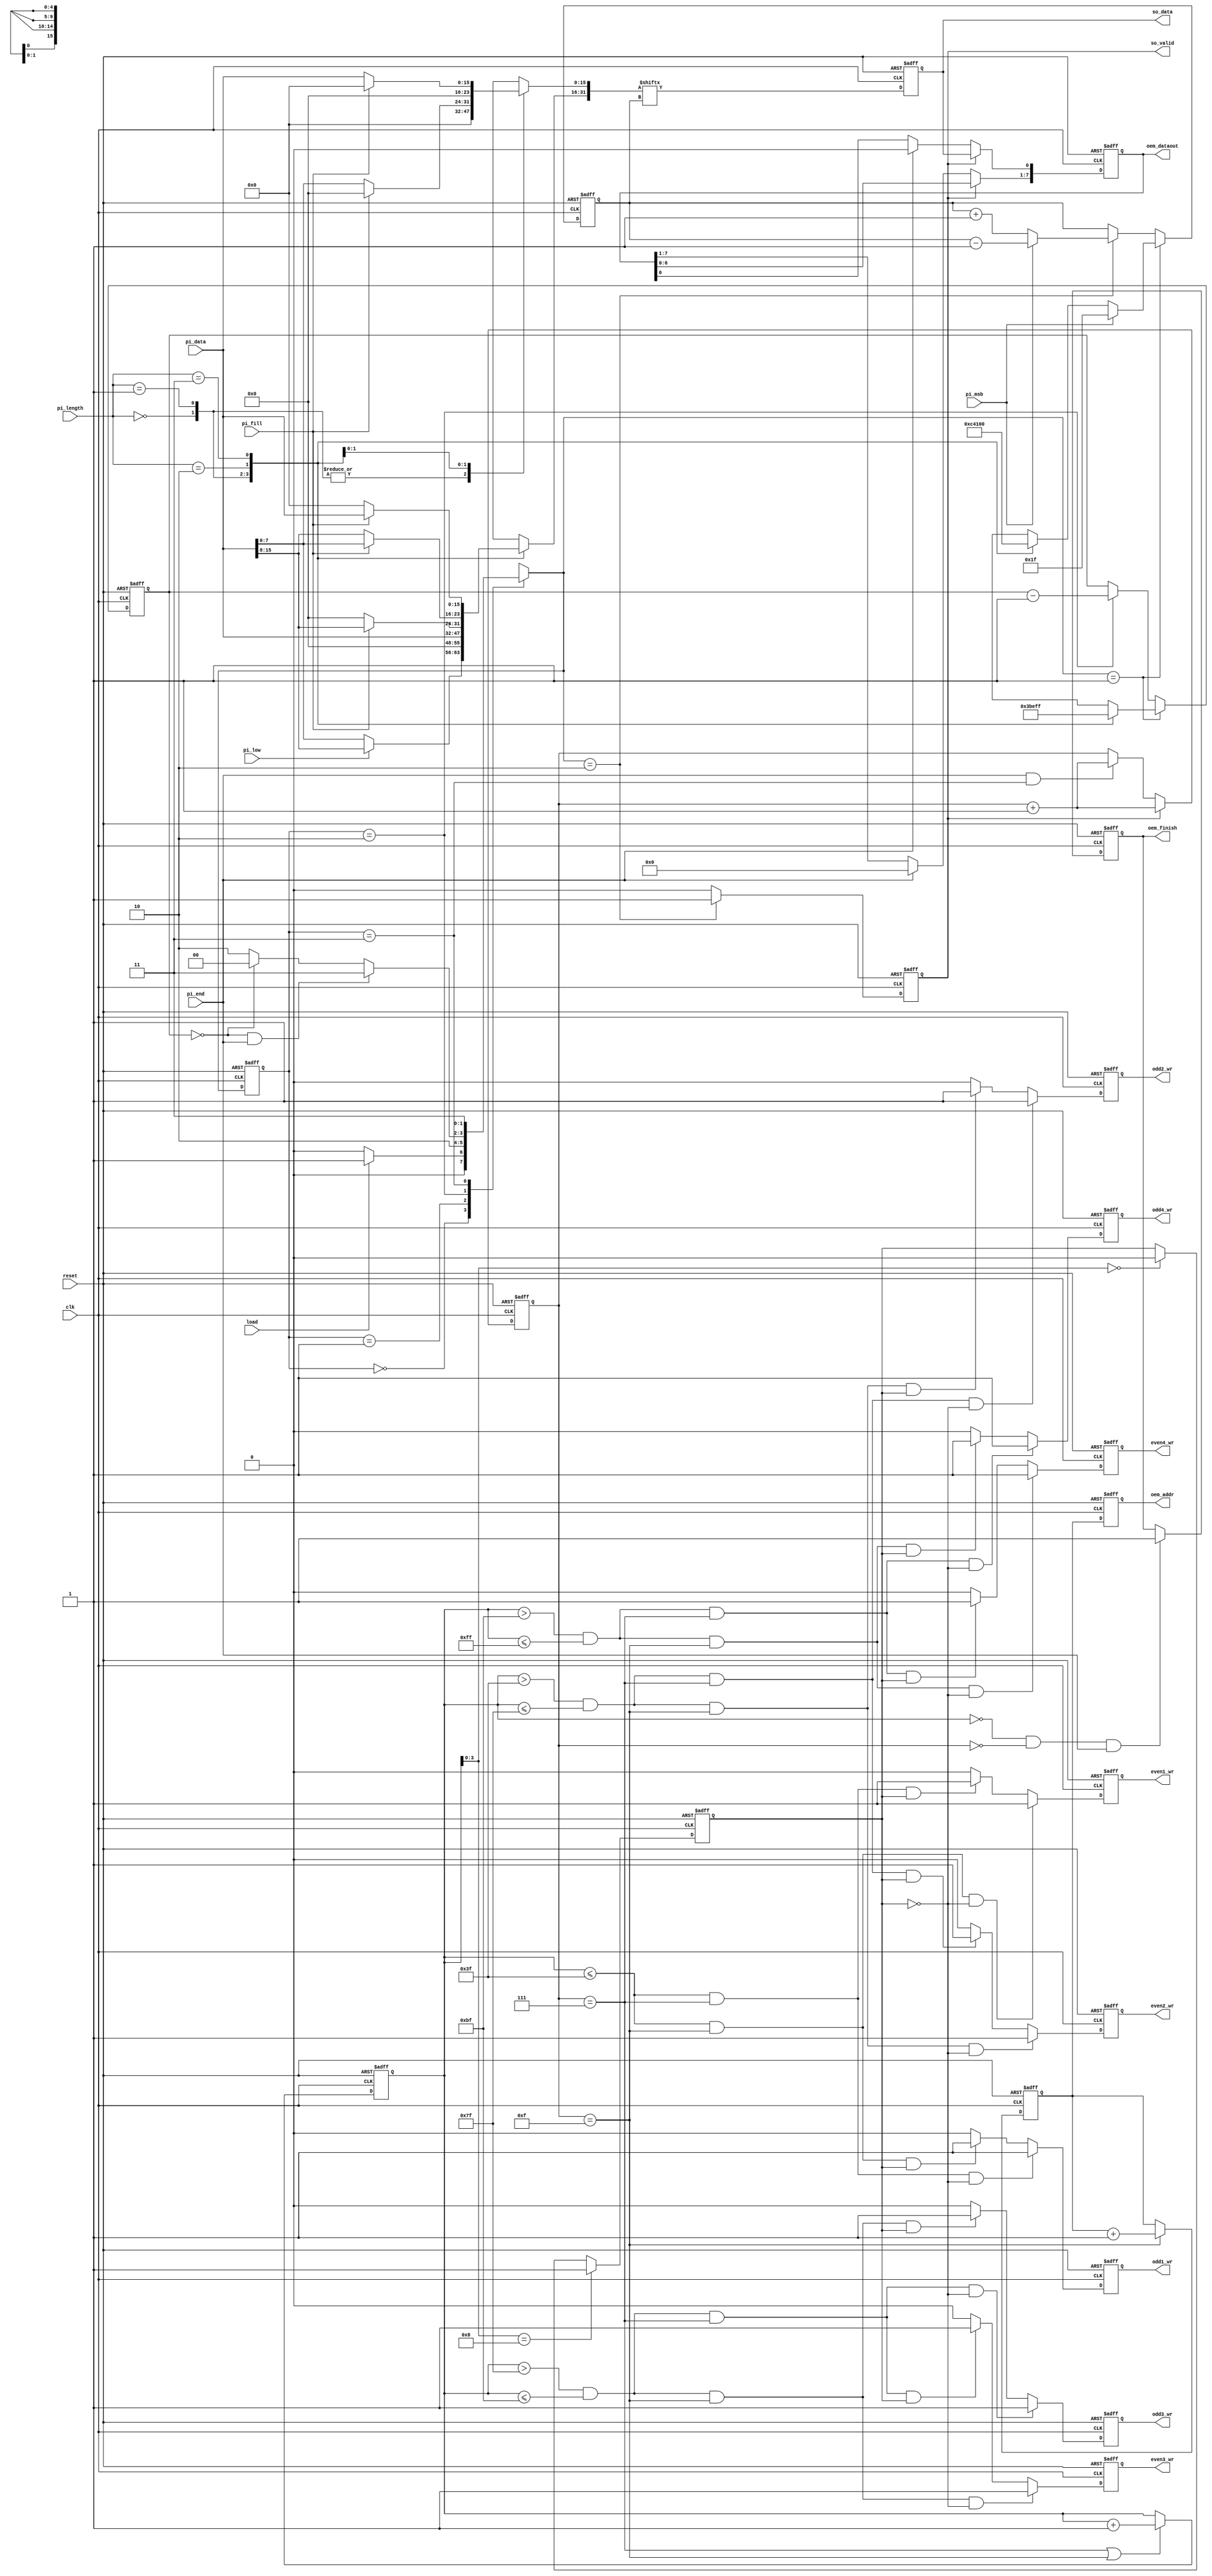
module STI_DAC(clk ,reset, load, pi_data, pi_length, pi_fill, pi_msb, pi_low, pi_end,
	             so_data, so_valid, 
	             oem_finish, oem_dataout, oem_addr,
	             odd1_wr, odd2_wr, odd3_wr, odd4_wr, even1_wr, even2_wr, even3_wr, even4_wr);

input		clk, reset;
input		load, pi_msb, pi_low, pi_end; 
input	[15:0]	pi_data;
input	[1:0]	pi_length;
input		pi_fill;
output reg	so_data, so_valid;

output reg oem_finish, odd1_wr, odd2_wr, odd3_wr, odd4_wr, even1_wr, even2_wr, even3_wr, even4_wr;
output reg [4:0] oem_addr;
output [7:0] oem_dataout;

/*==============================================================================

Zheng Xun,Yeh
Date : 2021/12/15

==============================================================================*/


reg [1:0] cs, ns;
parameter IDLE = 2'd0;
parameter LOAD = 2'd1;
parameter OUTPUT = 2'd2;
parameter DONE = 2'd3;

reg [31:0] data;


//==============================================================================
//FSM
always@(posedge clk or posedge reset)begin
    if(reset) cs <= IDLE;
    else cs <= ns;
end

always@(*)begin
    case(cs)
        IDLE:begin
            if(load) ns = LOAD;
	    	else ns = IDLE;
		end
		LOAD:begin
            ns = OUTPUT;
		end
		OUTPUT:begin
        	if(OUPUT_cnt == 4'd0 && pi_end == 1'd1) ns = DONE;
	    	else if(OUPUT_cnt == 4'd0) ns = IDLE;
	    	else ns = OUTPUT;
		end
		DONE:begin
            ns = DONE;
		end
		default: ns = IDLE;
    endcase
end
//==============================================================================
//OUTPUT state counter

reg [4:0]  OUPUT_cnt;

always@(posedge clk or posedge reset)
begin
	if(reset) OUPUT_cnt <= 5'd31;
	else if(ns == LOAD)
	begin
		case(pi_length)
		2'b00: OUPUT_cnt <= 5'd7;
		2'b01: OUPUT_cnt <= 5'd15; 
		2'b10: OUPUT_cnt <= 5'd23;
		2'b11: OUPUT_cnt <= 5'd31;
		endcase
	end
	else if(cs == OUTPUT) OUPUT_cnt <= OUPUT_cnt - 4'd1;
end
//==============================================================================
//Serial Transmitter Interface, STI

always@(*)begin
	case(pi_length)
	2'b00:begin //8bit
		if(pi_low)begin 
			data[31:24] = pi_data[15:8];
			data[23:0] = 24'd0; 
		end
		else begin
			data[31:24] = pi_data[7:0];
			data[23:0] = 24'd0; 
		end
	end
	2'b01:begin //16bit
		data[31:16] = pi_data[15:0];
		data[15:0] = 16'd0; 
	end
	2'b10:begin //24bit
		if(pi_fill)begin
			data[31:16] = pi_data[15:0];
			data[15:0] = 16'd0;
		end
		else begin
			data[31:24] = 8'd0;
			data[23:8] = pi_data[15:0];
			data[7:0] = 8'd0; 
		end
	end
	2'b11:begin //32bit
		if(pi_fill)begin
			data[31:16] = pi_data[15:0];
			data[15:0] = 16'd0;
		end
		else begin
			data[31:16] = 16'd0;
			data[15:0] = pi_data[15:0];
		end
	end
	default: data = 32'd0;
	endcase
end
//==============================================================================
//so_valid
always@(posedge clk or posedge reset)begin
	if(reset) so_valid <= 1'd0;
	else if(ns == OUTPUT) so_valid <= 1'd1;
	else so_valid <= 1'd0;
end
//==============================================================================
//data_index
reg [4:0] data_index;

always@(posedge clk or posedge reset)begin
	if(reset) data_index <= 5'd0;
	else if(ns == LOAD)
	begin
		if(pi_msb) data_index <= 5'd31;
		else
		begin
			case(pi_length)
			2'b00: data_index <= 5'd24;
			2'b01: data_index <= 5'd16; 
			2'b10: data_index <= 5'd8;
			2'b11: data_index <= 5'd0;
			endcase
		end
	end
	else if(ns == OUTPUT)begin
		if(pi_msb) data_index <= data_index - 5'd1;
		else data_index <= data_index + 5'd1;
	end
	
	
end
//==============================================================================
//so_data
always@(posedge clk or posedge reset)begin
	if(reset) so_data <= 1'd0;
	else so_data <= data[data_index];
end
//==============================================================================
//Data Arrange Controller, DAC
reg [7:0] DAC;  
reg [3:0] cnt;
reg [7:0] mem_cnt;
reg switch;

//==============================================================================
//memory switch row
always@(posedge clk or posedge reset)begin
	if(reset) switch <= 1'd0;
	else if(mem_cnt[3:0] == 4'd8) switch <= 1'd1;
	else if(mem_cnt[3:0] == 4'd0) switch <= 1'd0;
end

//==============================================================================
//oem_dataout


always@(posedge clk or posedge reset)begin
	if(reset) DAC <= 8'd0;
	else if(so_valid)begin
		DAC <= DAC << 8'd1;
		DAC[0] <= so_data; 
	end
	else if(pi_end)begin
		DAC <= 8'd0;
	end
end

assign oem_dataout = DAC;
//==============================================================================
//cnt
always@(posedge clk or posedge reset)begin
	if(reset) cnt <= 4'd0;
	else if(so_valid) cnt <= cnt + 4'd1;
	else if(pi_end && cs == DONE) cnt <= cnt + 4'd1;
end

//mem_cnt
always@(posedge clk or posedge reset)begin
	if(reset) mem_cnt <= 8'd0;
	else if(cnt == 4'd7 || cnt == 4'd15) mem_cnt <= mem_cnt + 8'd1;
end

//==============================================================================
//address
reg [4:0] buffer;

always@(posedge clk or posedge reset)begin
	if(reset) buffer <= 5'd0;
	else if(cnt == 4'd15) buffer <= buffer + 5'd1;
end

always@(posedge clk or posedge reset)begin
	if(reset) oem_addr <= 5'd0;
	else oem_addr <= buffer;
end

//finish
always@(posedge clk or posedge reset)begin
	if(reset) oem_finish <= 1'd0;
	else if(mem_cnt == 8'd0 && cnt == 4'd0 && pi_end == 1'd1) oem_finish <= 1'd1;
end

//memory write
always@(posedge clk or posedge reset)begin
	if(reset) odd1_wr <= 1'd0;
	else if(mem_cnt <= 8'd63 && cnt == 4'd7 && switch == 1'd0) odd1_wr <= 1'd1;
	else if(mem_cnt <= 8'd63 && cnt == 4'd15 && switch == 1'd1) odd1_wr <= 1'd1;
	else odd1_wr <= 1'd0;
end

always@(posedge clk or posedge reset)begin
	if(reset) even1_wr <= 1'd0;
	else if(mem_cnt <= 8'd63 && cnt == 4'd15 && switch == 1'd0) even1_wr <= 1'd1;
	else if(mem_cnt <= 8'd63 && cnt == 4'd7 && switch == 1'd1) even1_wr <= 1'd1;
	else even1_wr <= 1'd0;
end

always@(posedge clk or posedge reset)begin
	if(reset) odd2_wr <= 1'd0;
	else if(mem_cnt > 8'd63 && mem_cnt<=8'd127 && cnt == 4'd7 && switch == 1'd0) odd2_wr <= 1'd1;
	else if(mem_cnt > 8'd63 && mem_cnt<=8'd127 && cnt == 4'd15 && switch == 1'd1) odd2_wr <= 1'd1;
	else odd2_wr <= 1'd0;
end

always@(posedge clk or posedge reset)begin
	if(reset) even2_wr <= 1'd0;
	else if(mem_cnt > 8'd63 && mem_cnt<=8'd127 && cnt == 4'd15 && switch == 1'd0) even2_wr <= 1'd1;
	else if(mem_cnt > 8'd63 && mem_cnt<=8'd127 && cnt == 4'd7 && switch == 1'd1) even2_wr <= 1'd1;
	else even2_wr <= 1'd0;
end

always@(posedge clk or posedge reset)begin
	if(reset) odd3_wr <= 1'd0;
	else if(mem_cnt > 8'd127 && mem_cnt<=8'd191 && cnt == 4'd7 && switch == 1'd0) odd3_wr <= 1'd1;
	else if(mem_cnt > 8'd127 && mem_cnt<=8'd191 && cnt == 4'd15 && switch == 1'd1) odd3_wr <= 1'd1;
	else odd3_wr <= 1'd0;
end

always@(posedge clk or posedge reset)begin
	if(reset) even3_wr <= 1'd0;
	else if(mem_cnt > 8'd127 && mem_cnt<=8'd191 && cnt == 4'd15 && switch == 1'd0) even3_wr <= 1'd1;
	else if(mem_cnt > 8'd127 && mem_cnt<=8'd191 && cnt == 4'd7 && switch == 1'd1) even3_wr <= 1'd1;
	else even3_wr <= 1'd0;
end

always@(posedge clk or posedge reset)begin
	if(reset) odd4_wr <= 1'd0;
	else if(mem_cnt > 8'd191 && mem_cnt<=8'd255 && cnt == 4'd7 && switch == 1'd0) odd4_wr <= 1'd1;
	else if(mem_cnt > 8'd191 && mem_cnt<=8'd255 && cnt == 4'd15 && switch == 1'd1) odd4_wr <= 1'd1;
	else odd4_wr <= 1'd0;
end

always@(posedge clk or posedge reset)begin
	if(reset) even4_wr <= 1'd0;
	else if(mem_cnt > 8'd191 && mem_cnt<=8'd255 && cnt == 4'd15 && switch == 1'd0) even4_wr <= 1'd1;
	else if(mem_cnt > 8'd191 && mem_cnt<=8'd255 && cnt == 4'd7 && switch == 1'd1 ) even4_wr <= 1'd1;
	else even4_wr <= 1'd0;
end


endmodule